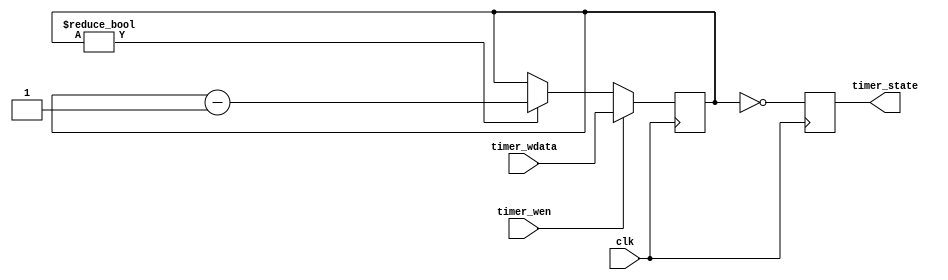
// This program was cloned from: https://github.com/verimake-team/SparkRoad-V
// License: MIT License

`timescale 1ns / 1ps
//////////////////////////////////////////////////////////////////////////////////
// Company: 
// Engineer: 
// 
// Create Date:
// Design Name: 
// Module Name: timer
// Project Name: 
// Target Devices: 
// Tool Versions: 
// Description: 
// 
// Dependencies: 
// 
// Revision:
// Revision 0.01 - File Created
// Additional Comments:
// 
//////////////////////////////////////////////////////////////////////////////////

module timer
(
    input   wire		clk,
    
    // timer set
    input   wire		timer_wen,
    input   wire [23:0]	timer_wdata,
    
    output  reg			timer_state
);

reg [23:0] cnt;

// 
always@(posedge clk)
begin
    if(timer_wen)
        cnt <= timer_wdata;
    else if(cnt != 0)
        cnt <= cnt - 1;
end

// 
always@(posedge clk)
begin
    timer_state <= (cnt == 0);
end

endmodule